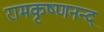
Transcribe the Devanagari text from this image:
रामकृष्णनन्द